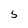
Character: S